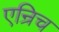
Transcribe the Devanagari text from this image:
एन्रिच